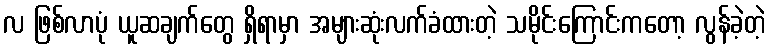
လ ဖြစ်လာပုံ ယူဆချက်တွေ ရှိရာမှာ အများဆုံးလက်ခံထားတဲ့ သမိုင်းကြောင်းကတော့ လွန်ခဲ့တဲ့